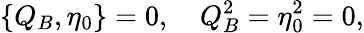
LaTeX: \{ Q_{B},\eta_{0}\} =0,\quad Q_{B}^{2}=\eta_{0}^{2}=0,